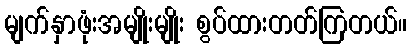
မျက်နှာဖုံးအမျိုးမျိုး စွပ်ထားတတ်ကြတယ်။